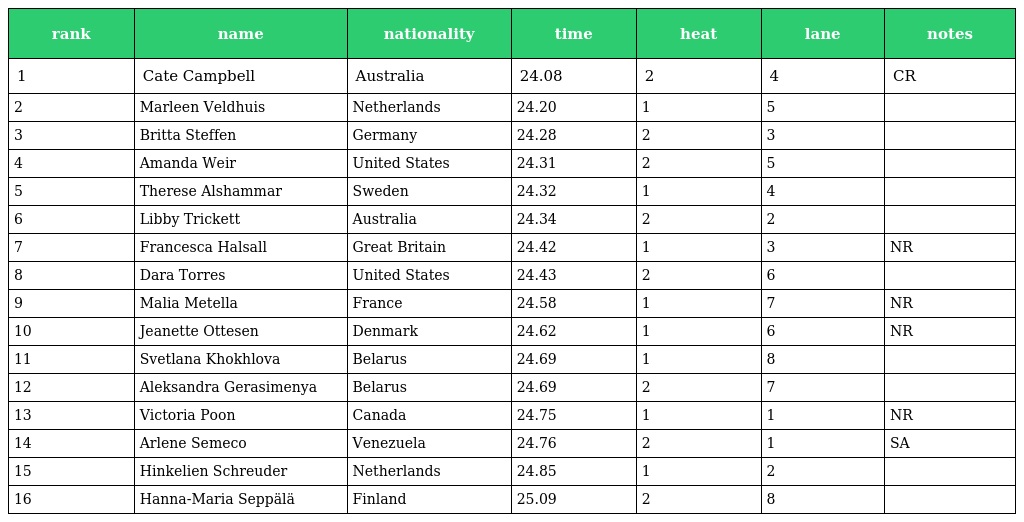
| rank | name | nationality | time | heat | lane | notes |
 | --- | --- | --- | --- | --- | --- | --- |
 | 1 | Cate Campbell | Australia | 24.08 | 2 | 4 | CR |
 | 2 | Marleen Veldhuis | Netherlands | 24.20 | 1 | 5 |  |
 | 3 | Britta Steffen | Germany | 24.28 | 2 | 3 |  |
 | 4 | Amanda Weir | United States | 24.31 | 2 | 5 |  |
 | 5 | Therese Alshammar | Sweden | 24.32 | 1 | 4 |  |
 | 6 | Libby Trickett | Australia | 24.34 | 2 | 2 |  |
 | 7 | Francesca Halsall | Great Britain | 24.42 | 1 | 3 | NR |
 | 8 | Dara Torres | United States | 24.43 | 2 | 6 |  |
 | 9 | Malia Metella | France | 24.58 | 1 | 7 | NR |
 | 10 | Jeanette Ottesen | Denmark | 24.62 | 1 | 6 | NR |
 | 11 | Svetlana Khokhlova | Belarus | 24.69 | 1 | 8 |  |
 | 12 | Aleksandra Gerasimenya | Belarus | 24.69 | 2 | 7 |  |
 | 13 | Victoria Poon | Canada | 24.75 | 1 | 1 | NR |
 | 14 | Arlene Semeco | Venezuela | 24.76 | 2 | 1 | SA |
 | 15 | Hinkelien Schreuder | Netherlands | 24.85 | 1 | 2 |  |
 | 16 | Hanna-Maria Seppälä | Finland | 25.09 | 2 | 8 |  |